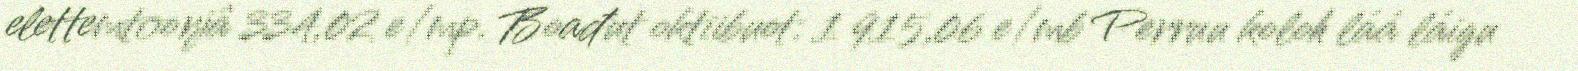
elettemtoorjâ 334,02 e/mp. Boađut oktiibuot: 1 915,06 e/mb Perruu koloh láá láigu